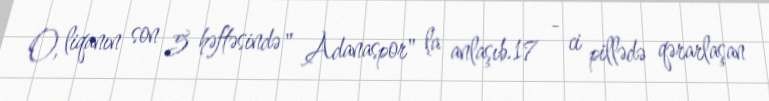
O, liqanın son 5 həftəsində " Adanaspor" la anlaşıb.17 - ci pillədə qərarlaşan